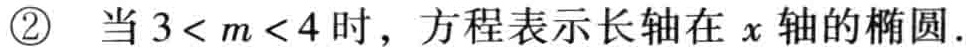
\textcircled{2} 当 \(3 < m < 4\) 时，方程表示长轴在 \(x\) 轴的椭圆.